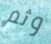
وثم